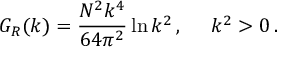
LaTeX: G _ { R } ( k ) = { \frac { N ^ { 2 } k ^ { 4 } } { 6 4 \pi ^ { 2 } } } \ln { k ^ { 2 } } \, , \; \; \; \; \; k ^ { 2 } > 0 \, .